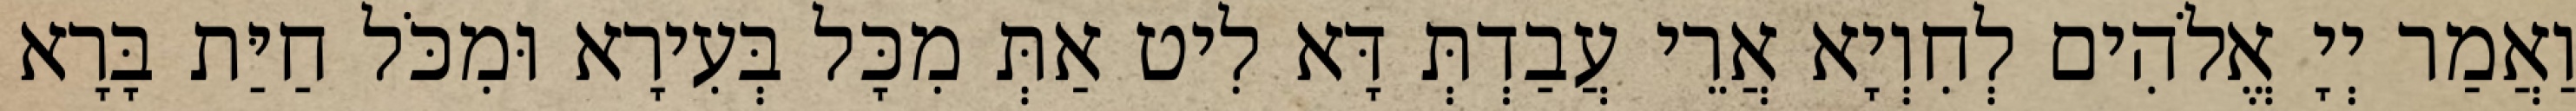
וַאֲמַר יְיָ אֱלֹהִים לְחִוְיָא אֲרֵי עֲבַדְתְּ דָּא לִיט אַתְּ מִכָּל בְּעִירָא וּמִכֹּל חַיַּת בָּרָא